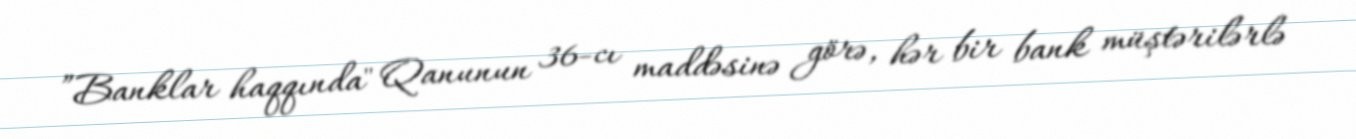
”Banklar haqqında" Qanunun 36-cı maddəsinə görə, hər bir bank müştərilərlə